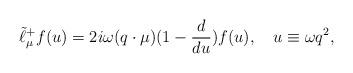
LaTeX: \begin{align*}\tilde{\ell}_{\mu}^+f(u)=2i\omega(q\cdot\mu)(1-{d\over{du}})f(u),\quad u\equiv\omega q^2,\end{align*}